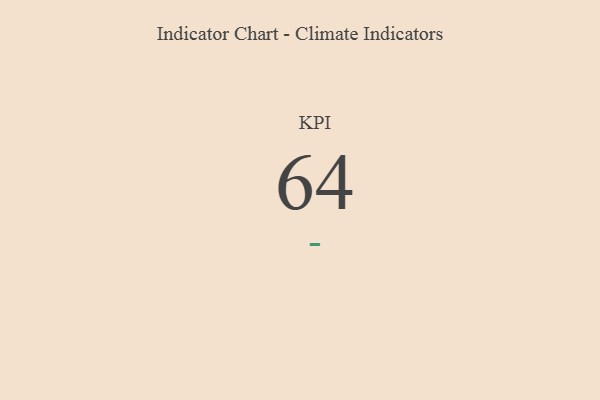
{"axis": {"x": "KPI", "y": "Value"}, "legend": [""], "data": [{"x": "KPI", "y": 64, "type": ""}]}